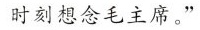
时刻想念毛主席。”